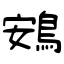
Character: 鴳